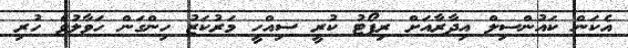
އެކަން ކައުންސިލް އިދާރާއަށް ރިޕޯޓު ކުރީ ސިއްހީ މަރުކަޒު ހިންގަން ހަވާލުވެ ހުރި